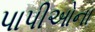
પાપીઓના